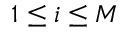
1 \leq i \le M